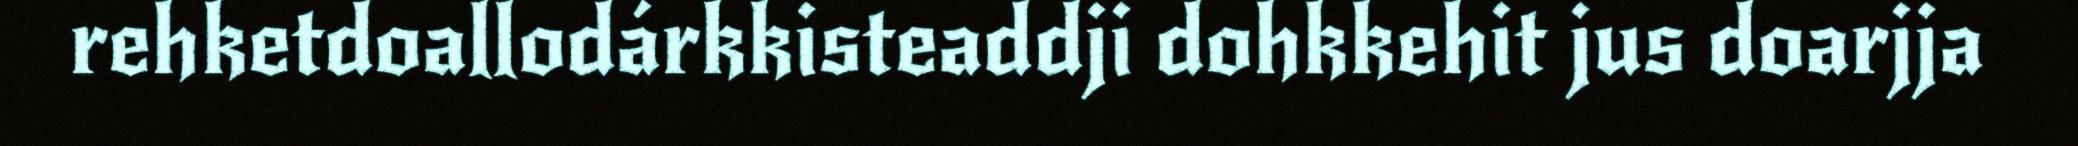
rehketdoallodárkkisteaddji dohkkehit jus doarjja